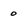
Character: 0